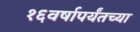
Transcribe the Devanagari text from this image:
१६वर्षापर्यंतच्या